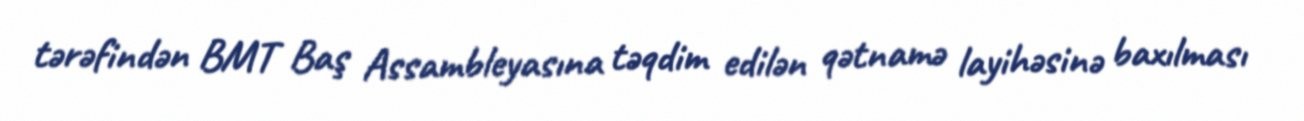
tərəfindən BMT Baş Assambleyasına təqdim edilən qətnamə layihəsinə baxılması